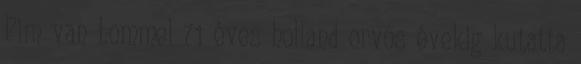
Pim van Lommel 71 éves holland orvos évekig kutatta